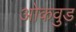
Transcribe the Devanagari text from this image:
ओकवुड